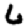
Digit: 6